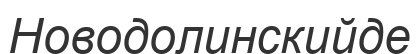
Новодолинскийде